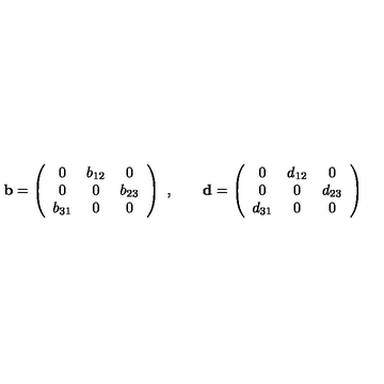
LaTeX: { \mathbf b } = \left( \begin{array} { c c c } { 0 } & { b _ { 1 2 } } & { 0 } \\ { 0 } & { 0 } & { b _ { 2 3 } } \\ { b _ { 3 1 } } & { 0 } & { 0 } \\ \end{array} \right) \ , \qquad { \mathbf d } = \left( \begin{array} { c c c } { 0 } & { d _ { 1 2 } } & { 0 } \\ { 0 } & { 0 } & { d _ { 2 3 } } \\ { d _ { 3 1 } } & { 0 } & { 0 } \\ \end{array} \right)